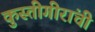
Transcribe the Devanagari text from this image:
कुस्तीगीरांची